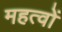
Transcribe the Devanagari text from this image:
महत्वों